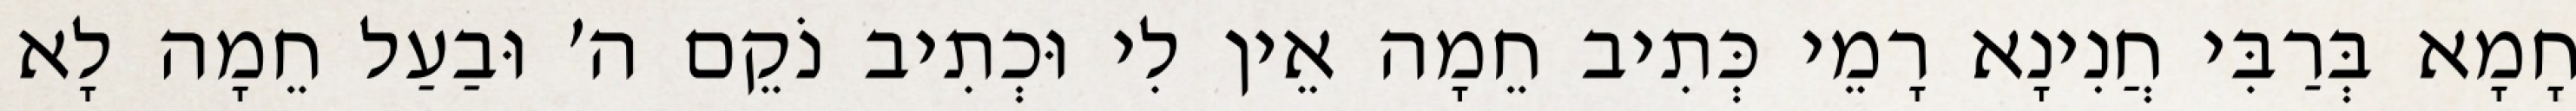
חָמָא בְּרַבִּי חֲנִינָא רָמֵי כְּתִיב חֵמָה אֵין לִי וּכְתִיב נֹקֵם ה׳ וּבַעַל חֵמָה לָא